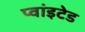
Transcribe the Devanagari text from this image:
प्वांइटेड